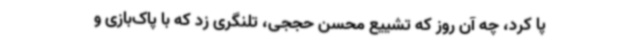
پا کرد، چه آن روز که تشییع محسن حججی، تلنگری زد که با پاک‌بازی و